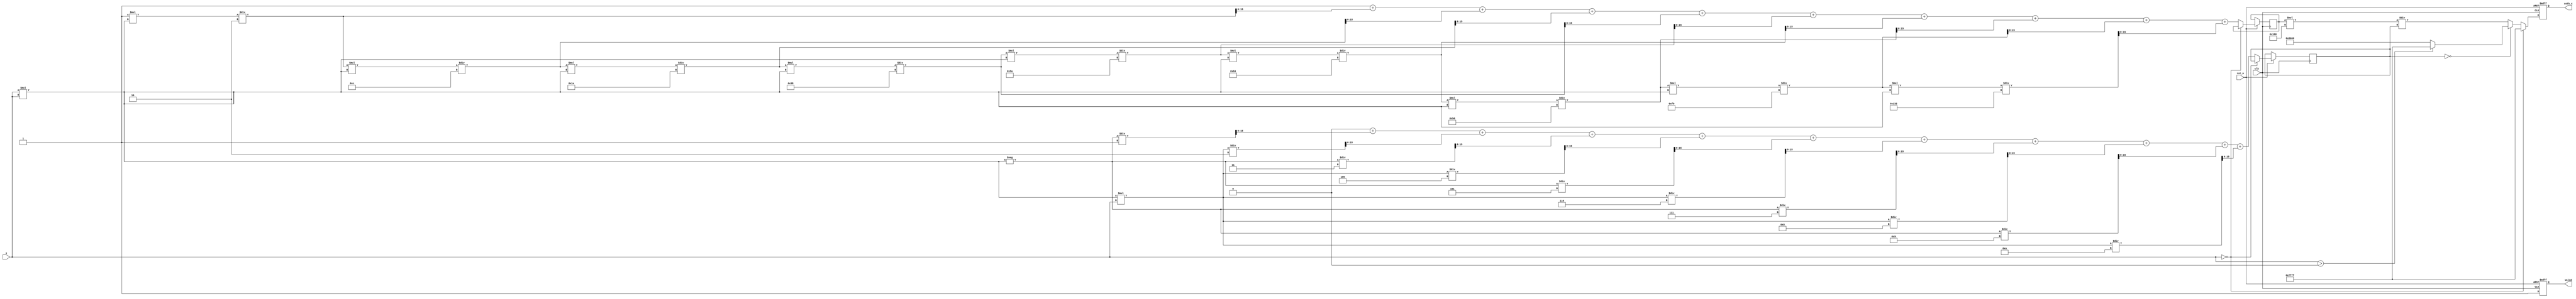
module hyperbolic_cotangent (
    input wire clk,
    input wire rst_n,
    input wire [15:0] x,        // 16-bit fixed-point input
    output reg [15:0] coth_x,   // 16-bit fixed-point output
    output reg valid            // Output valid signal
);

    // Parameters for fixed-point representation
    parameter FIXED_POINT_FRACTIONAL_BITS = 8;
    parameter MAX_VALUE = 16'h7FFF; // Maximum value for 16-bit signed
    parameter MIN_VALUE = 16'h8000; // Minimum value for 16-bit signed

    // Internal signals
    reg [15:0] cosh_x;
    reg [15:0] sinh_x;
    reg [15:0] temp_coth;

    // Function to compute cosh(x) using Taylor series expansion
    function [15:0] compute_cosh;
        input [15:0] x;
        reg [31:0] sum;
        reg [31:0] term;
        integer i;
        begin
            sum = 32'd0;
            term = 32'd1; // cosh(0) = 1
            for (i = 0; i < 10; i = i + 1) begin // 10 terms for approximation
                sum = sum + term;
                term = term * (x * x) / ((2 * i + 2) * (2 * i + 1)); // x^2n / (2n)!
            end
            compute_cosh = sum[15:0]; // Return lower 16 bits
        end
    endfunction

    // Function to compute sinh(x) using Taylor series expansion
    function [15:0] compute_sinh;
        input [15:0] x;
        reg [31:0] sum;
        reg [31:0] term;
        integer i;
        begin
            sum = 32'd0;
            term = 32'd0; // sinh(0) = 0
            for (i = 0; i < 10; i = i + 1) begin // 10 terms for approximation
                term = (i % 2 == 0) ? (x * x) : (x * x * x);
                sum = sum + (i % 2 == 0 ? -term : term) / (i + 1); // (-1)^n * x^(2n+1) / (2n+1)!
            end
            compute_sinh = sum[15:0]; // Return lower 16 bits
        end
    endfunction

    // Main computation block
    always @(posedge clk or negedge rst_n) begin
        if (!rst_n) begin
            coth_x <= 16'd0;
            valid <= 1'b0;
        end else begin
            if (x == 16'd0) begin
                coth_x <= MAX_VALUE; // Handle coth(0) case
                valid <= 1'b1;
            end else begin
                cosh_x <= compute_cosh(x);
                sinh_x <= compute_sinh(x);

                // Check for overflow/underflow
                if (sinh_x == 16'd0) begin
                    coth_x <= (x > 16'd0) ? MAX_VALUE : MIN_VALUE; // Handle overflow
                end else begin
                    temp_coth = (cosh_x * 16'd256) / sinh_x; // Scale for fixed-point division
                    coth_x <= temp_coth[15:0]; // Return lower 16 bits
                end
                valid <= 1'b1;
            end
        end
    end

endmodule